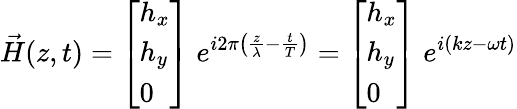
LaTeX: {\vec{H}}(z,t)={\left[\begin{array}{l}{h_{x}}\\ {h_{y}}\\ {0}\end{array}\right]}\; e^{i2\pi\left({\frac{z}{\lambda}}-{\frac{t}{T}}\right)}={\left[\begin{array}{l}{h_{x}}\\ {h_{y}}\\ {0}\end{array}\right]}\; e^{i(kz-\omega t)}